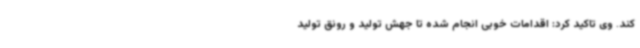
کند. وی تاکید کرد: اقدامات خوبی انجام شده تا جهش تولید و رونق تولید